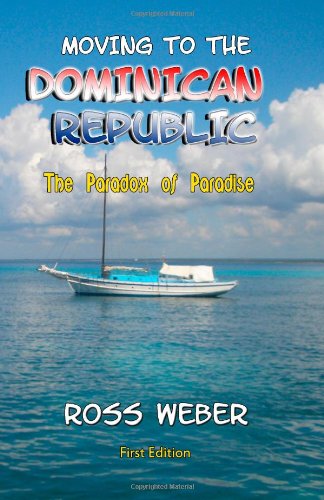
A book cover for Moving to the Dominican Republic: The Paradox of Paradise; Ross Weber; Travel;